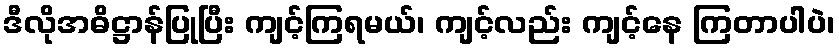
ဒီလိုအဓိဋ္ဌာန်ပြုပြီး ကျင့်ကြရမယ်၊ ကျင့်လည်း ကျင့်နေ ကြတာပါပဲ၊